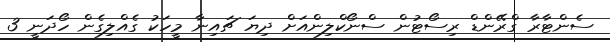
ސެންޓާރާ ގްރޭންޑް ރިސޯޓުން ސްނޯކްލިންއަށް ދިޔަ ޗައިނާ މީހަކު ގެއްލިގެން ހޯދަނީ 3